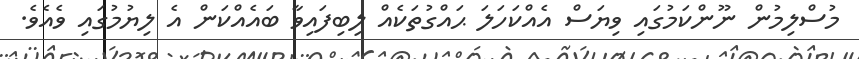
މުސްލިމުން ނޫންކަމުގައި ވިޔަސް އެއްކަހަލަ ޙައްގުތަކެއް ލިބިފައިވާ ބައެއްކަން އެ ލިޔުމުގައި ވެއެވެ.